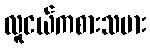
လူငယ်ကစားသမား